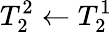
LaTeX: T_{2}^{2}\gets T_{2}^{1}